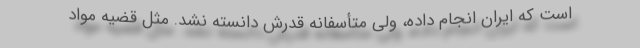
است که ایران انجام داده، ولی متأسفانه قدرش دانسته نشد. مثل قضیه مواد